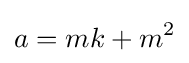
a=mk+m^{2}